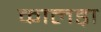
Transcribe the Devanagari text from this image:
कालड़ा